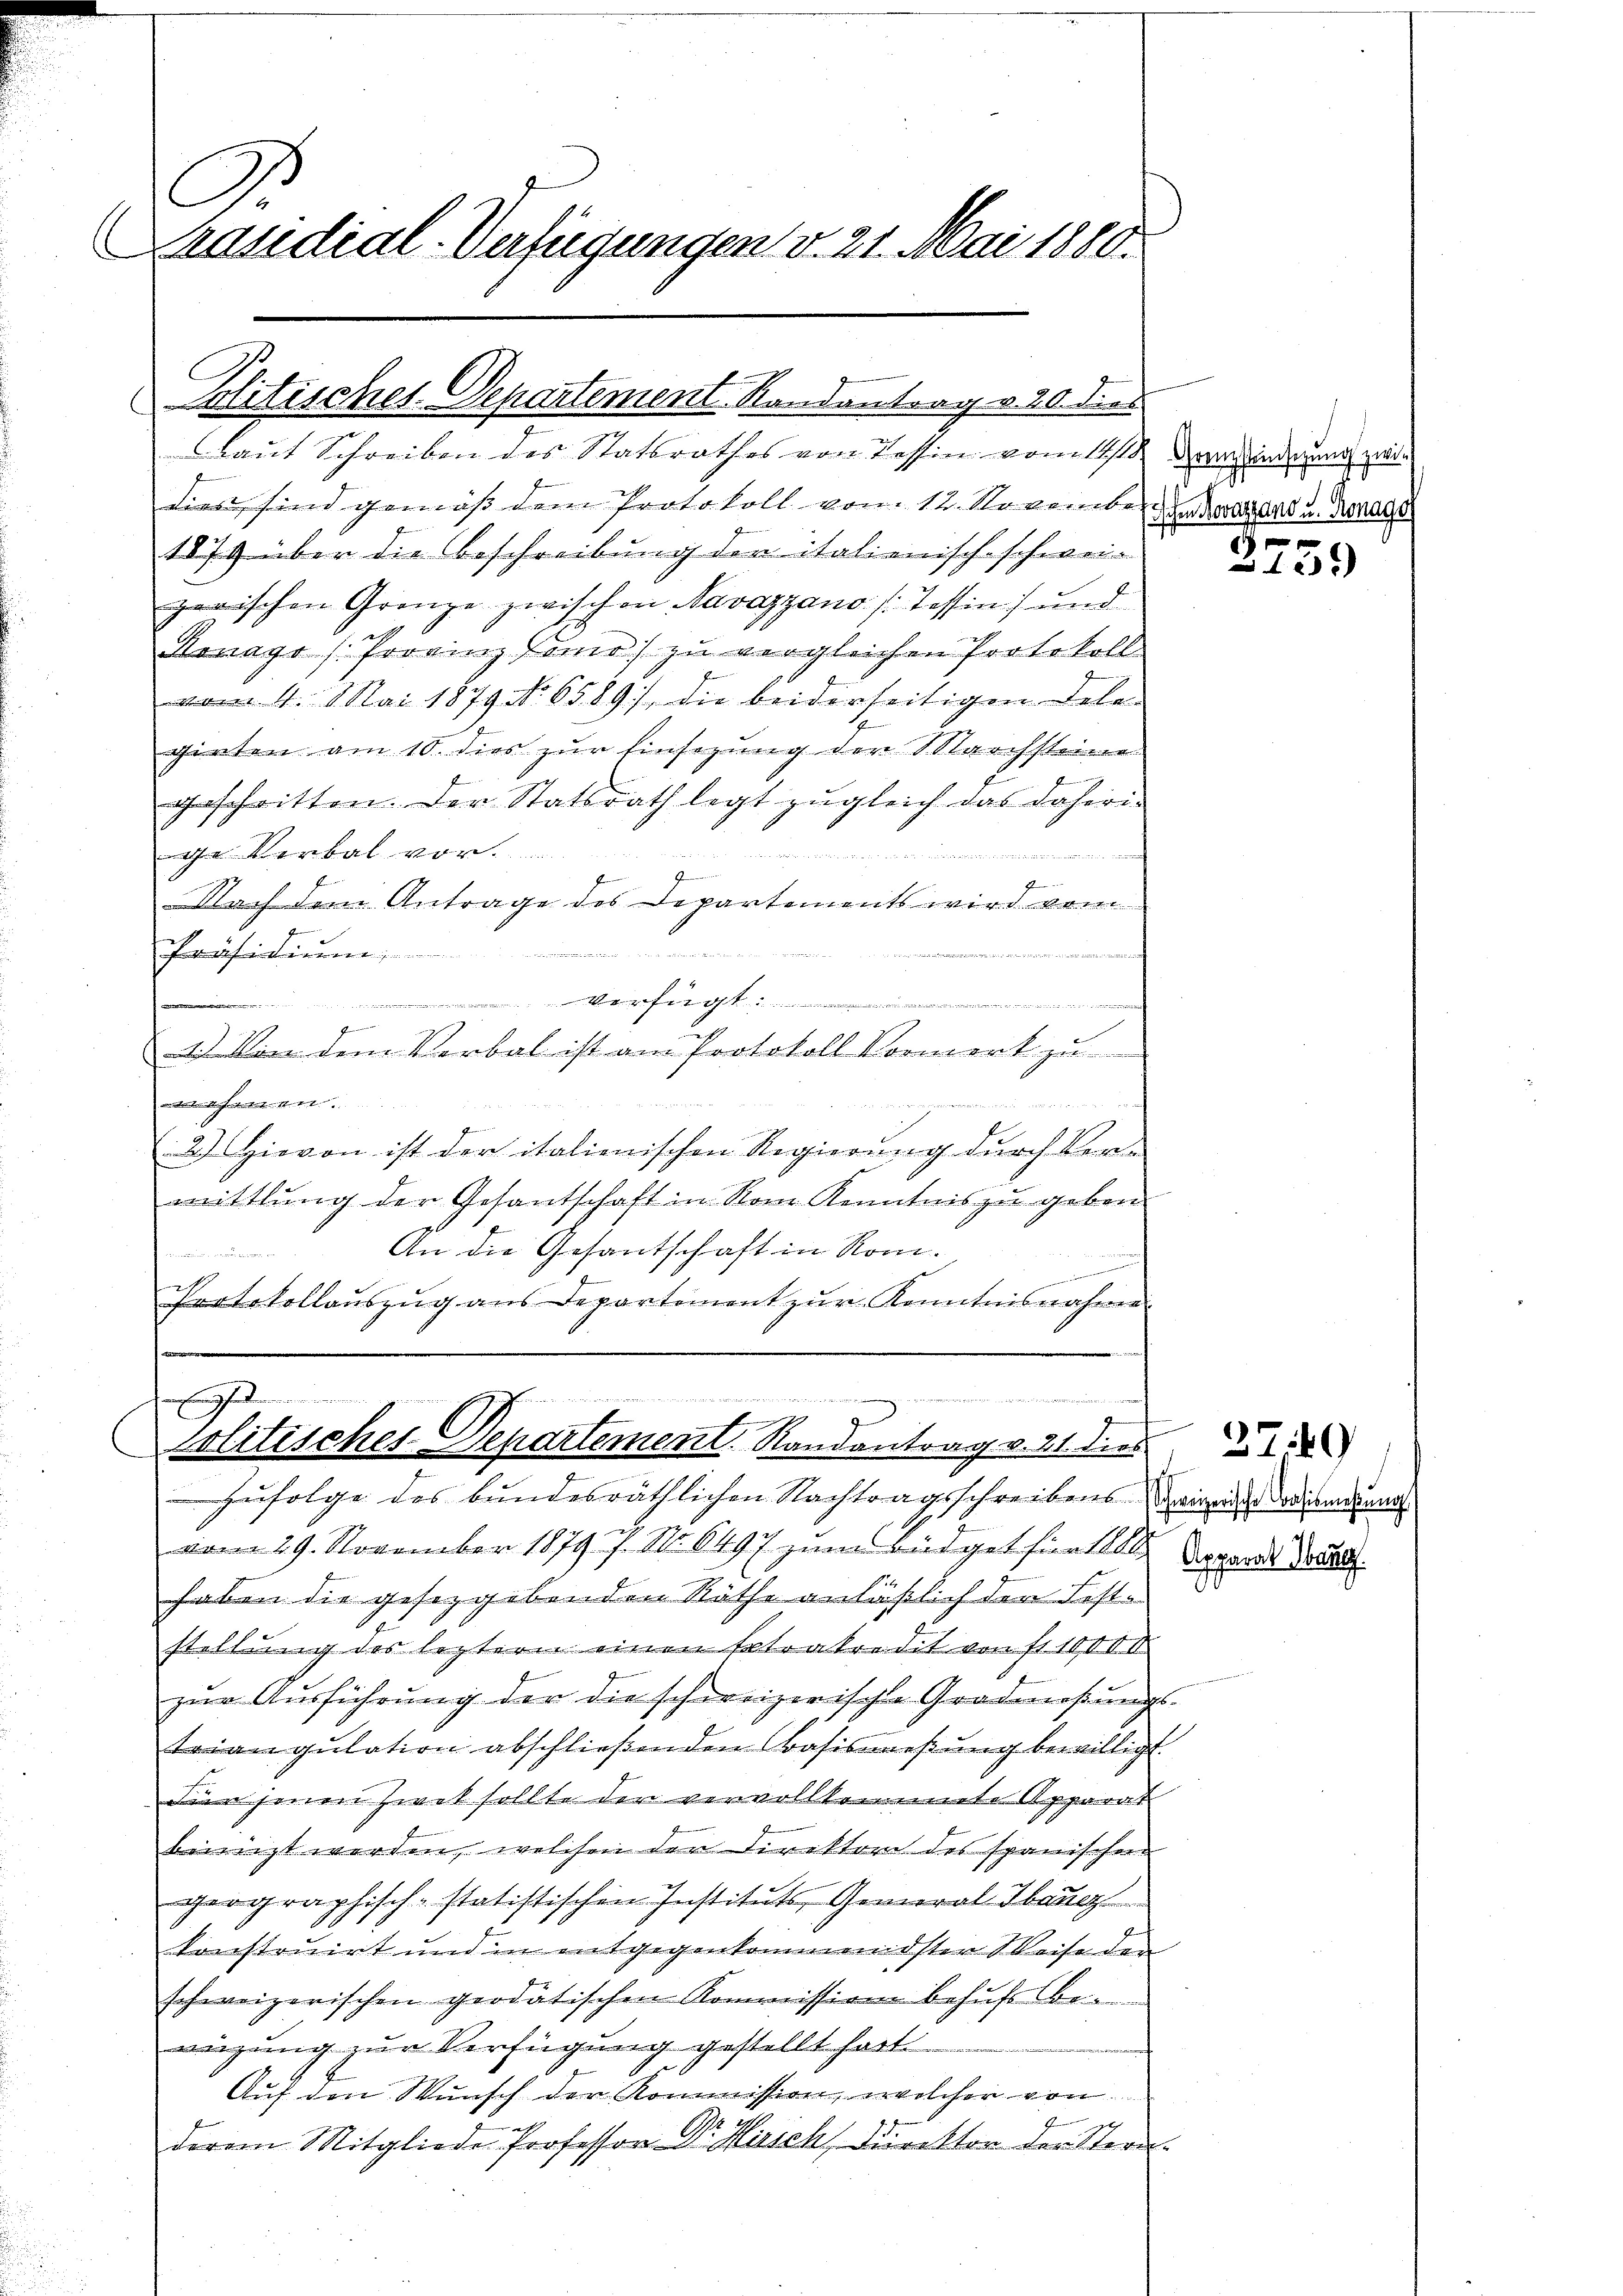
A.
Präsidial-Verfügungen v. 21. Mai 1880.

Politisches Departement Randantrag v. 20. dies
Laut Schreiben des Statsrathes von Tessin vom 1sten verwinderung zwi¬

i
Eferden.
olitisches Departement. Randantrag v. 21. dies

dies sind gemäß dem Protokoll vom 12. Novembe
1879 über die Beschreibung der italienisch-schwei
zerischen Grenze zwischen Navazzano /: Tessin) und
Konago (Provinz Fönio) zu vergleichen Protokoll
vom 4. Mai 1879 No 6589), die beiderseitigen Tele-
girten am 10. dies zur Einsezung der Nachsteine
geschritten. Der Statsrath legt zugleich das daheri-
ge Verbal vor.
5 des Mittelaltern und de
F
Nach dem Antrage des Departements wird vom
.

Forchiteuren
t
mmann annung
g
1) Von dem Verbal ist am Protokoll Vormerk zu
mit der Nachattet stet. |
 a
2) Hievon ist der italienischen Regierung durch Ver-
mittlung der Gesantschaft in Rom Kenntnis zu geben.
An die Gesantschaft in Rom.
Protokollaŭszŭg ans Departement zŭr Kenntnisnahmen

Zufolge des bundesräthlichen Nachtragsschreibens innige Todiumdung
vom 29. November 1879 7. No 6497 zum Büdget hinte Tagende Grund
haben die gesezgebenden Räthe anläßlich der Feststellung des leztern einen Extrakredit von fr. 10000
zur Ausführung der die schweizerische Gradmaßungs-
eiangulation abschließenden Basismeßung bewilligt.
Für jenen Zwek sollte der vervollkommete Apparat
beinigt werden, welchen der Direktor des spanischen
geographisch-statistischen Instituts, General-Ibanez
konstruirt und in entgegenkommendster Weise der
schweizerischen geodatischen Kommission behufs Be
wigung zur Verfügung gestellt hatt
Auf den Wunsch der Kommission, welcher von
2
G
derem Mitgliede Professor u. Bisch Direktor der Stern-

fischen Novasano u. Ronage
f xx

10x

270